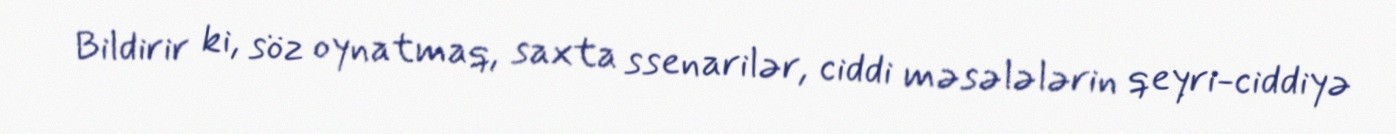
Bildirir ki, söz oynatmaq, saxta ssenarilər, ciddi məsələlərin qeyri-ciddiyə